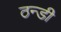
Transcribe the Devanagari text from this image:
ठन्डी